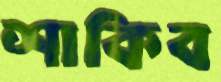
শাকিব